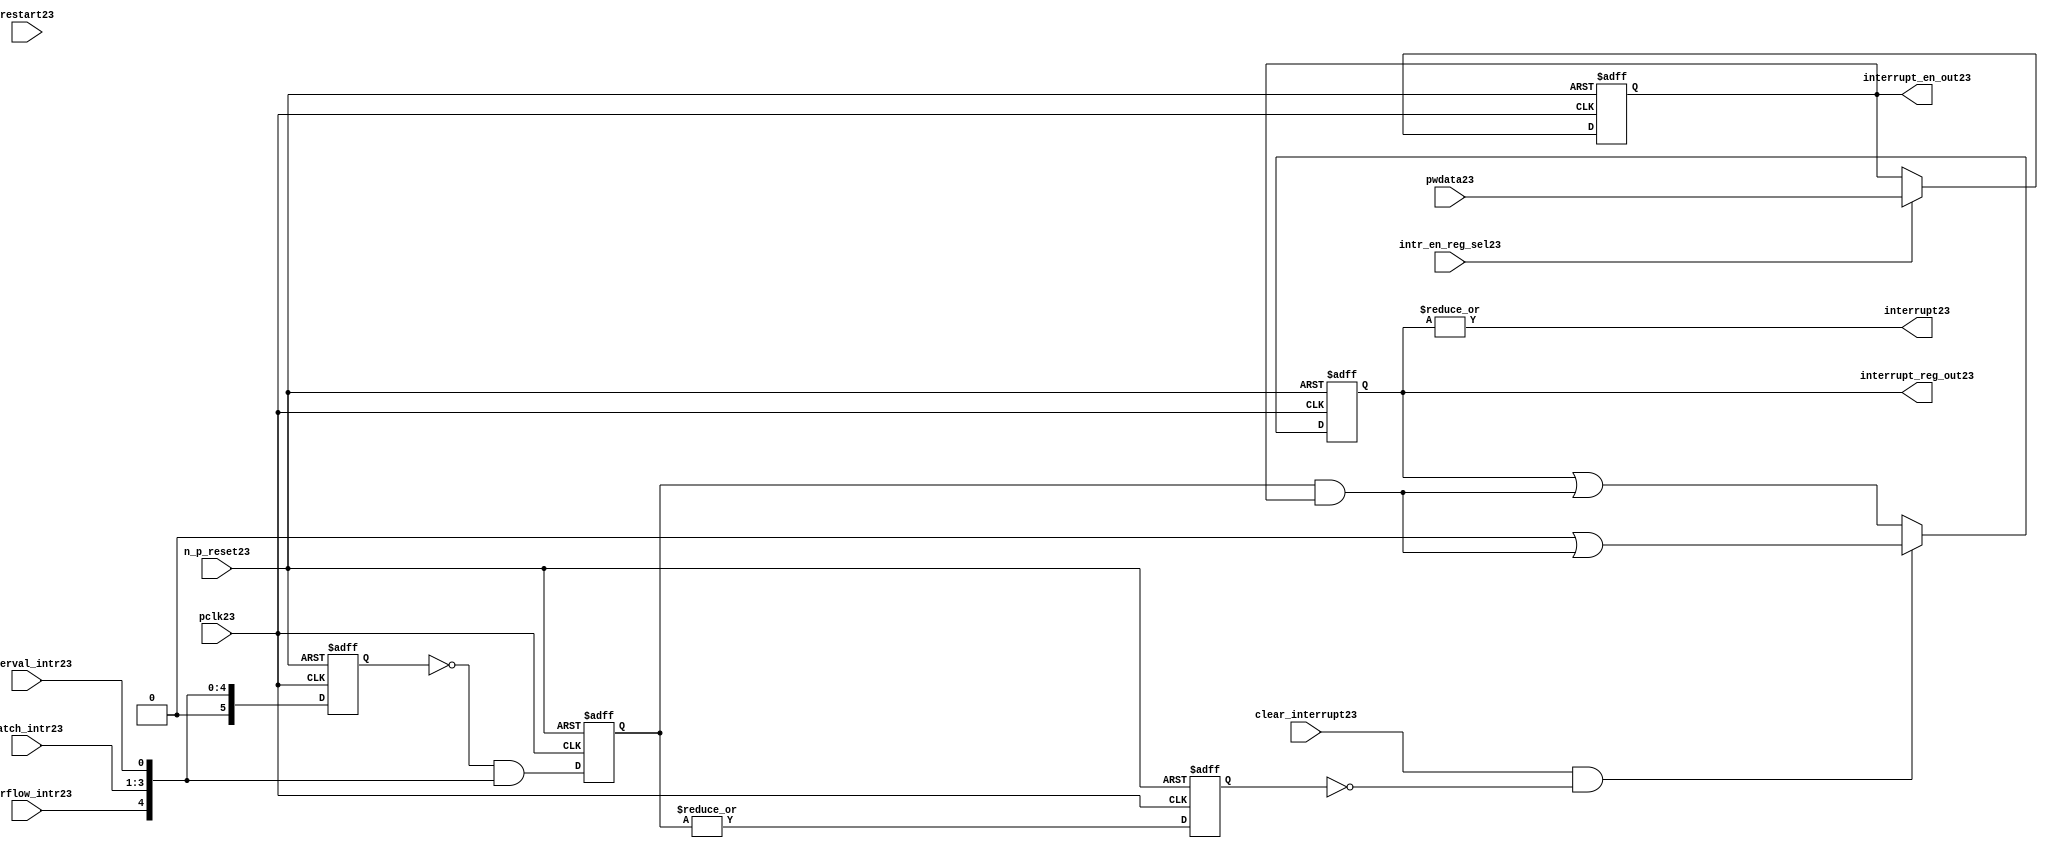
//File23 name   : ttc_interrupt_lite23.v
//Title23       : 
//Created23     : 1999
//Description23 : Interrupts23 from the counter modules23 are registered
//              and if enabled cause the output interrupt23 to go23 high23.
//              Also23 the match123 interrupts23 are monitored23 to generate output 
//Notes23       : 
//----------------------------------------------------------------------
//   Copyright23 1999-2010 Cadence23 Design23 Systems23, Inc23.
//   All Rights23 Reserved23 Worldwide23
//
//   Licensed23 under the Apache23 License23, Version23 2.0 (the
//   "License23"); you may not use this file except23 in
//   compliance23 with the License23.  You may obtain23 a copy of
//   the License23 at
//
//       http23://www23.apache23.org23/licenses23/LICENSE23-2.0
//
//   Unless23 required23 by applicable23 law23 or agreed23 to in
//   writing, software23 distributed23 under the License23 is
//   distributed23 on an "AS23 IS23" BASIS23, WITHOUT23 WARRANTIES23 OR23
//   CONDITIONS23 OF23 ANY23 KIND23, either23 express23 or implied23.  See
//   the License23 for the specific23 language23 governing23
//   permissions23 and limitations23 under the License23.
//----------------------------------------------------------------------
 


//-----------------------------------------------------------------------------
// Module23 definition23
//-----------------------------------------------------------------------------

module ttc_interrupt_lite23(

  //inputs23
  n_p_reset23,                             
  pwdata23,                             
  pclk23,
  intr_en_reg_sel23, 
  clear_interrupt23,                   
  interval_intr23,
  match_intr23,
  overflow_intr23,
  restart23,

  //outputs23
  interrupt23,
  interrupt_reg_out23,
  interrupt_en_out23
  
);


//-----------------------------------------------------------------------------
// PORT DECLARATIONS23
//-----------------------------------------------------------------------------

   //inputs23
   input         n_p_reset23;            //reset signal23
   input [5:0]   pwdata23;               //6 Bit23 Data signal23
   input         pclk23;                 //System23 clock23
   input         intr_en_reg_sel23;      //Interrupt23 Enable23 Reg23 Select23 signal23
   input         clear_interrupt23;      //Clear Interrupt23 Register signal23
   input         interval_intr23;        //Timer_Counter23 Interval23 Interrupt23
   input [3:1]   match_intr23;           //Timer_Counter23 Match23 1 Interrupt23 
   input         overflow_intr23;        //Timer_Counter23 Overflow23 Interrupt23 
   input         restart23;              //Counter23 restart23

   //Outputs23
   output        interrupt23;            //Interrupt23 Signal23 
   output [5:0]  interrupt_reg_out23;    //6 Bit23 Interrupt23 Register
   output [5:0]  interrupt_en_out23; //6 Bit23 Interrupt23 Enable23 Register


//-----------------------------------------------------------------------------
// Internal Signals23 & Registers23
//-----------------------------------------------------------------------------

   wire [5:0]   intr_detect23;          //Interrupts23 from the Timer_Counter23
   reg [5:0]    int_sync_reg23;         //6-bit 1st cycle sync register
   reg [5:0]    int_cycle_reg23;        //6-bit register ensuring23 each interrupt23 
                                      //only read once23
   reg [5:0]    interrupt_reg23;        //6-bit interrupt23 register        
   reg [5:0]    interrupt_en_reg23; //6-bit interrupt23 enable register
   

   reg          interrupt_set23;        //Prevents23 unread23 interrupt23 being cleared23
   
   wire         interrupt23;            //Interrupt23 output
   wire [5:0]   interrupt_reg_out23;    //Interrupt23 register output
   wire [5:0]   interrupt_en_out23; //Interrupt23 enable output


   assign interrupt23              = |(interrupt_reg23);
   assign interrupt_reg_out23      = interrupt_reg23;
   assign interrupt_en_out23       = interrupt_en_reg23;
   
   assign intr_detect23 = {1'b0,
                         overflow_intr23,  
                         match_intr23[3],  
                         match_intr23[2], 
                         match_intr23[1], 
                         interval_intr23};

   

// Setting interrupt23 registers
   
   always @ (posedge pclk23 or negedge n_p_reset23)
   begin: p_intr_reg_ctrl23
      
      if (!n_p_reset23)
      begin
         int_sync_reg23         <= 6'b000000;
         interrupt_reg23        <= 6'b000000;
         int_cycle_reg23        <= 6'b000000;
         interrupt_set23        <= 1'b0;
      end
      else 
      begin

         int_sync_reg23    <= intr_detect23;
         int_cycle_reg23   <= ~int_sync_reg23 & intr_detect23;

         interrupt_set23   <= |int_cycle_reg23;
          
         if (clear_interrupt23 & ~interrupt_set23)
            interrupt_reg23 <= (6'b000000 | (int_cycle_reg23 & interrupt_en_reg23));
         else 
            interrupt_reg23 <= (interrupt_reg23 | (int_cycle_reg23 & 
                                               interrupt_en_reg23));
      end 
      
   end  //p_intr_reg_ctrl23


// Setting interrupt23 enable register
   
   always @ (posedge pclk23 or negedge n_p_reset23)
   begin: p_intr_en_reg23
      
      if (!n_p_reset23)
      begin
         interrupt_en_reg23 <= 6'b000000;
      end
      else 
      begin

         if (intr_en_reg_sel23)
            interrupt_en_reg23 <= pwdata23[5:0];
         else
            interrupt_en_reg23 <= interrupt_en_reg23;

      end 
      
   end  
           


endmodule